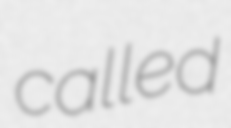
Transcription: called